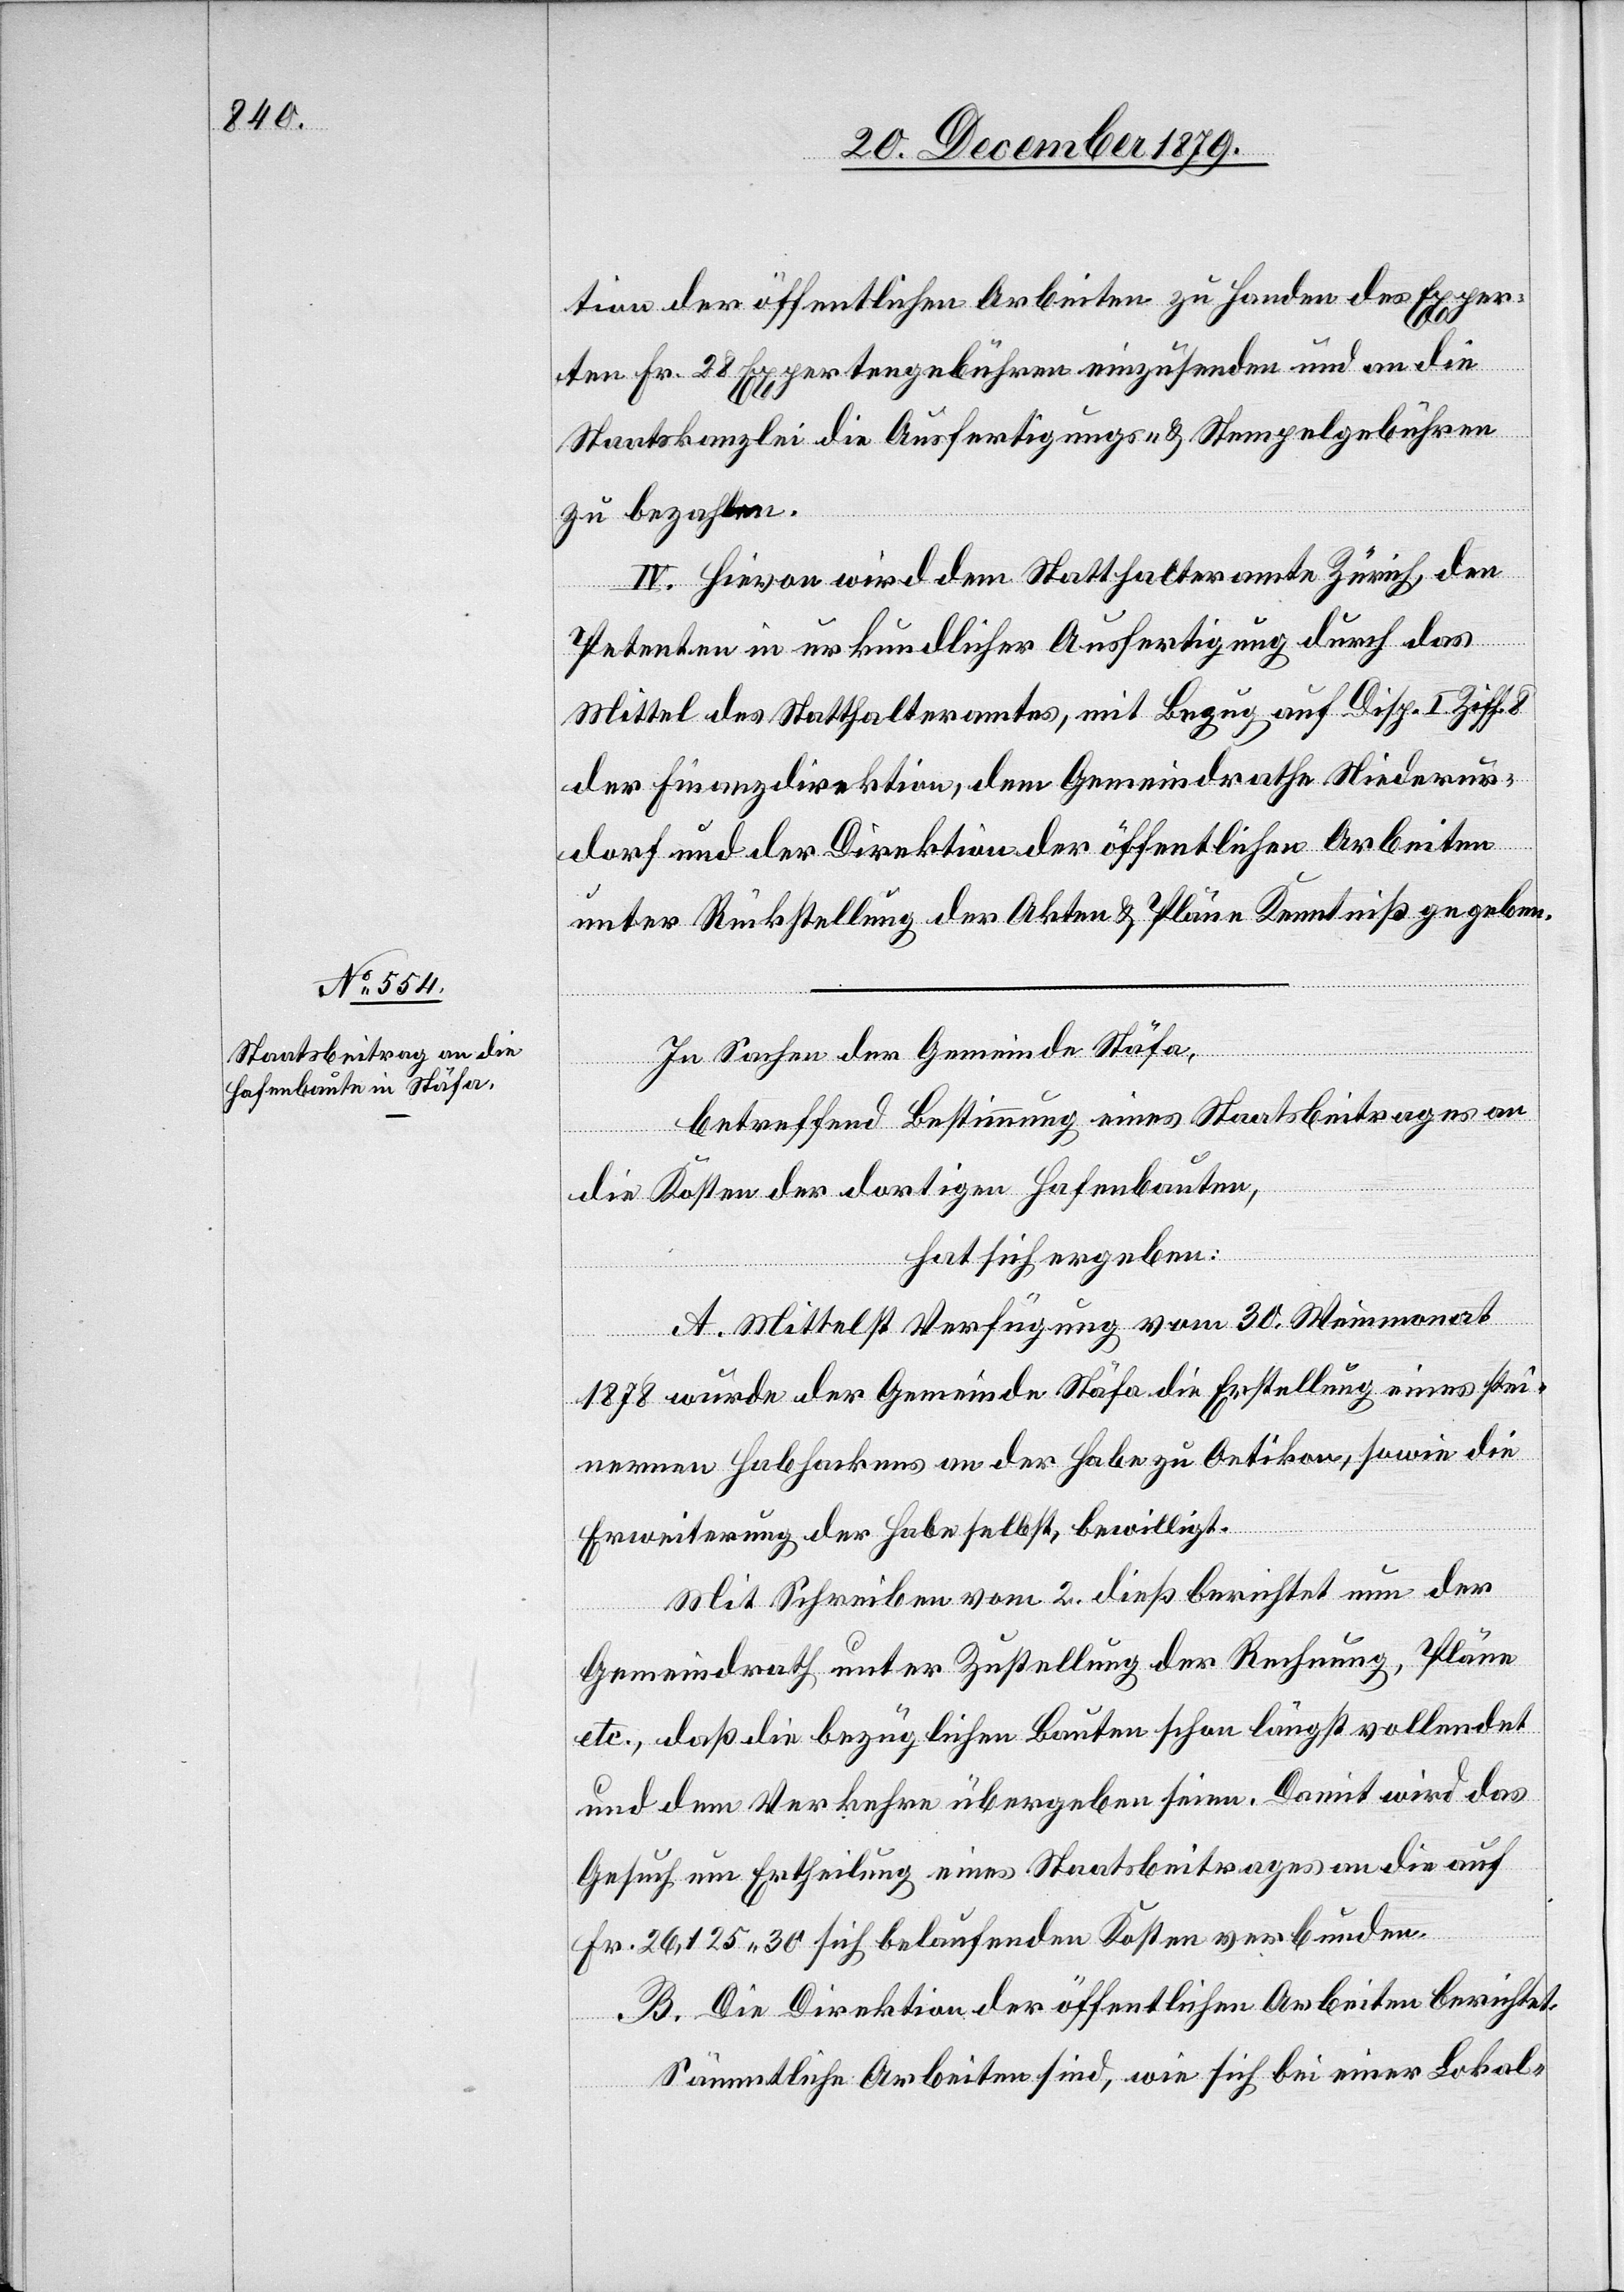
tion der öffentlichen Arbeiten zu Handen des Exper¬
ten Fr. 28 Expertengebühren einzusenden und an die
Staatskanzlei die Ausfertigungs- & Stempelgebühren
zu bezahlen.
IV. Hievon wird dem Statthalteramte Zürich, den
Petenten in urkundlicher Ausfertigung durch das
Mittel des Statthalteramtes, mit Bezug auf Disp. I Ziff.
der Finanzdirektion, dem Gemeindrathe Niederur¬
dorf und der Direktion der öffentlichen Arbeiten
unter Rückstellung der Akten & Pläne Kenntniß gegeben.
In Sachen der Gemeinde Stäfa,
betreffend Bestimmung eines Staatsbeitrages an
die Kosten der dortigen Hofumbauten,
hat sich ergeben:
A. Mittelst Verfügung vom 30. Weinmonat
1878 wurde der Gemeinde Stäfa die Erstellung eines stei¬
nernen Habhackens an der Habe zu Oetikon, sowie die
Erweiterung der Habe selbst, bewilligt.
Mit Schreiben vom 2. dieß berichtet nun der
Gemeindrath unter Zustellung der Rechnung, Pläne
etc., daß die bezüglichen Bauten schon längst vollendet
und dem Verkehre übergeben seien. Damit wird das
Gesuch um Ertheilung eines Staatsbeitrages an die auf
Fr. 26,125 30 sich belaufenden Kosten verbunden.
B. Die Direktion der öffentlichen Arbeiten berichtet:
Sämmtliche Arbeiten sind, wie sich bei einer Lokal-